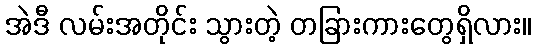
အဲဒီ လမ်းအတိုင်း သွားတဲ့ တခြားကားတွေရှိလား။